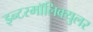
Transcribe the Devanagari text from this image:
इन्टरमॉलिक्युलर